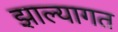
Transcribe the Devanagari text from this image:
झाल्यागत